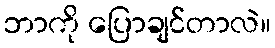
ဘာကို ပြောချင်တာလဲ။